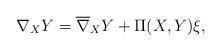
LaTeX: \begin{align*}\nabla_X Y = \overline{\nabla}_X Y + \Pi(X,Y) \xi,\end{align*}